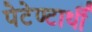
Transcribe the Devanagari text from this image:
पेटेण्टार्थी